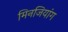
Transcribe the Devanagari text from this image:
मिनजियांग